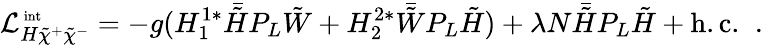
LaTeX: {\cal L}_{H\tilde{\chi}^{+}\tilde{\chi}^{-}}^{\mathrm{\scriptsize~int}}=-g(H_{1}^{1\ast}\bar{\tilde{H}}P_{L}\tilde{W}+H_{2}^{2\ast}\bar{\tilde{W}}P_{L}\tilde{H})+\lambda N\bar{\tilde{H}}P_{L}\tilde{H}+\mathrm{h.c.}\; \; .